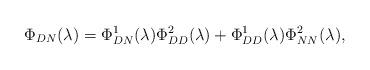
LaTeX: \begin{align*}\Phi_{DN}(\lambda)=\Phi_{DN}^1(\lambda)\Phi_{DD}^2(\lambda)+\Phi_{DD}^1(\lambda)\Phi_{NN}^2(\lambda),\end{align*}